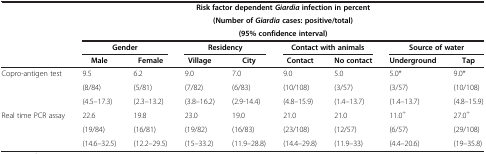
<table><thead><tr><td rowspan="3"><b> </b></td><td colspan="8"><b>Risk factor dependent <i>Giardia </i>infection in percent</b></td></tr><tr><td colspan="8"><b>(Number of <i>Giardia </i>cases: positive/total)</b></td></tr><tr><td colspan="8"><b>(95% confidence interval)</b></td></tr><tr><td rowspan="2"><b> </b></td><td colspan="2"><b>Gender</b></td><td colspan="2"><b>Residency</b></td><td colspan="2"><b>Contact with animals</b></td><td colspan="2"><b>Source of water</b></td></tr><tr><td><b>Male</b></td><td><b>Female</b></td><td><b>Village</b></td><td><b>City</b></td><td><b>Contact</b></td><td><b>No contact</b></td><td><b>Underground</b></td><td><b>Tap</b></td></tr></thead><tbody><tr><td rowspan="3">Copro-antigen test</td><td>9.5</td><td>6.2</td><td>9.0</td><td>7.0</td><td>9.0</td><td>5.0</td><td>5.0*</td><td>9.0*</td></tr><tr><td>(8/84)</td><td>(5/81)</td><td>(7/82)</td><td>(6/83)</td><td>(10/108)</td><td>(3/57)</td><td>(3/57)</td><td>(10/108)</td></tr><tr><td>(4.5–17.3)</td><td>(2.3–13.2)</td><td>(3.8–16.2)</td><td>(2.9-14.4)</td><td>(4.8–15.9)</td><td>(1.4–13.7)</td><td>(1.4–13.7)</td><td>(4.8–15.9)</td></tr><tr><td rowspan="3">Real time PCR assay</td><td>22.6</td><td>19.8</td><td>23.0</td><td>19.0</td><td>21.0</td><td>21.0</td><td>11.0<sup>+</sup></td><td>27.0<sup>+</sup></td></tr><tr><td>(19/84)</td><td>(16/81)</td><td>(19/82)</td><td>(16/83)</td><td>(23/108)</td><td>(12/57)</td><td>(6/57)</td><td>(29/108)</td></tr><tr><td>(14.6–32.5)</td><td>(12.2–29.5)</td><td>(15–33.2)</td><td>(11.9–28.8)</td><td>(14.4–29.8)</td><td>(11.9–33)</td><td>(4.4–20.6)</td><td>(19–35.8)</td></tr></tbody></table>